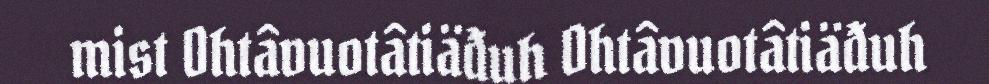
mist Ohtâvuotâtiäđuh Ohtâvuotâtiäđuh